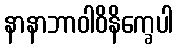
နာနာဘာဝါဝိနိက္ခေပါ